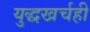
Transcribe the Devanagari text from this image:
युद्धखर्चही